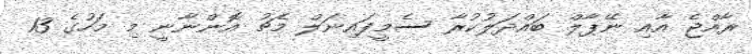
ރާއްޖެ އާއި ނޭޕާލް ބައްދަލުކުރާ ސެމީފައިނަލް މެޗު އޮންނާނީ މި މަހުގެ 13